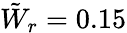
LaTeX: {\tilde{W}_{r}=0.15}